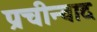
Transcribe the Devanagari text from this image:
प्रचीन्वाद